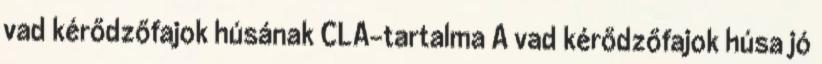
vad kérődzőfajok húsának CLA-tartalma A vad kérődzőfajok húsa jó